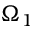
\Omega _ { 1 }